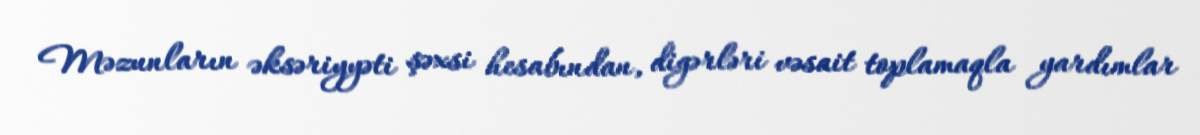
Məzunların əksəriyyəti şəxsi hesabından, digərləri vəsait toplamaqla yardımlar